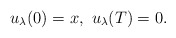
\begin{align*}u_{\lambda}(0) = x, \ u_{\lambda}(T) = 0.\end{align*}